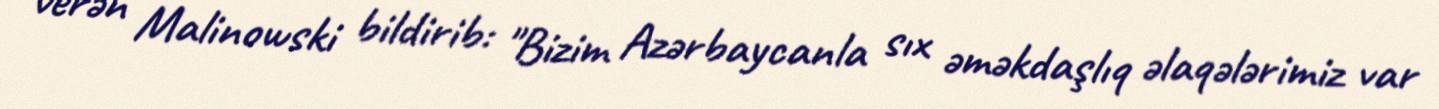
verən Malinowski bildirib: "Bizim Azərbaycanla sıx əməkdaşlıq əlaqələrimiz var